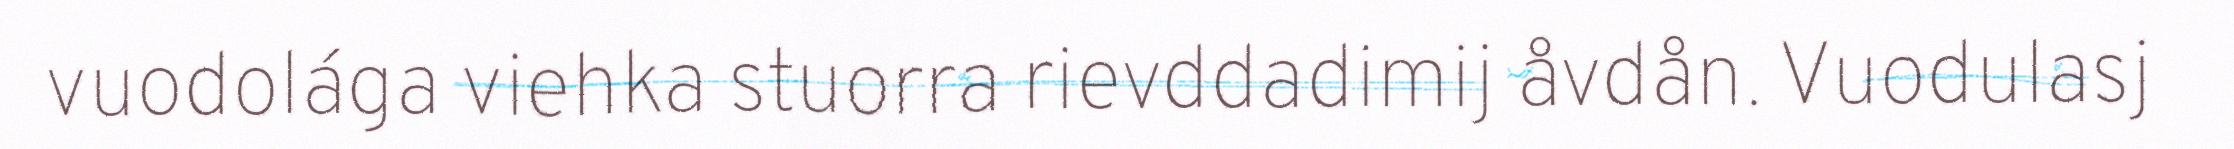
vuodolága viehka stuorra rievddadimij åvdån. Vuodulasj